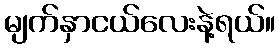
မျက်နှာငယ်လေးနဲ့ရယ်။